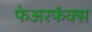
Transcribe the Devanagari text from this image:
फेअरफॅक्स